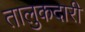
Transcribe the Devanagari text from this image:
तालुकदारी